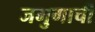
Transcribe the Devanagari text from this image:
जमुगाची